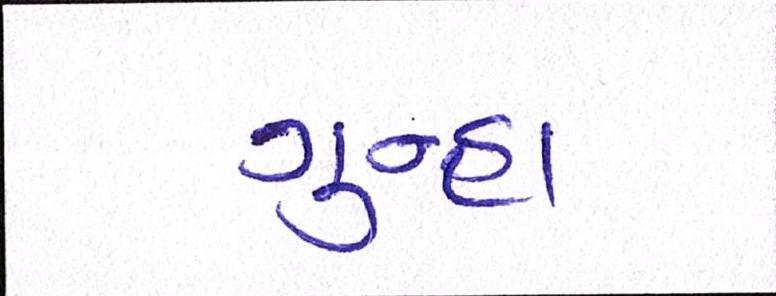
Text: ગુન્હા